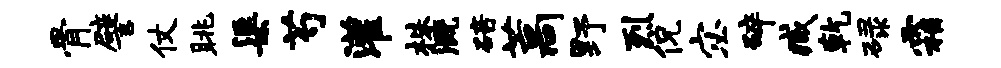
骨譬仗眺渠芍灌株溉碚藁野烈侃宓碎臧乾碌霜